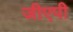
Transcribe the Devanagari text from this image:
जीएपी